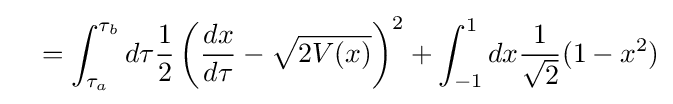
\quad =\int _{\tau _{a}}^{\tau _{b}}d\tau {1 \over 2}\left({dx \over d\tau }-{\sqrt {2V(x)}}\right)^{2}+\int _{-1}^{1}dx{1 \over {\sqrt {2}}}(1-x^{2})